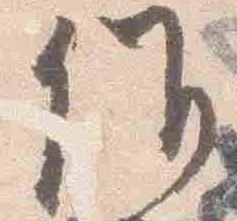
候